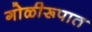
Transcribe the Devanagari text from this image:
गोळीरूपात